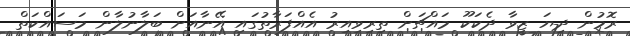
ރޮމުން ދިޔަ ޒީވާ ދެކަކޫ މައްޗަށް ތިރިވިއިރު އެއްފަރާތުގައި އޭނާއަށް ބަލާނުލާން މަސައްކަތް